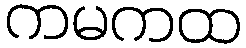
ကမကထ